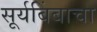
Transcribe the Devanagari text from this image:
सूर्यबिंबाचा